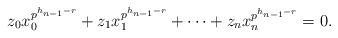
\begin{align*}z_0x_0^{p^{h_{n-1}-r}}+z_1x_1^{p^{h_{n-1}-r}}+\cdots+z_nx_n^{p^{h_{n-1}-r}}=0.\end{align*}